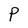
Character: P